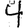
Digit: 4